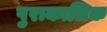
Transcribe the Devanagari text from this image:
पुराकालिक